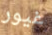
غيور